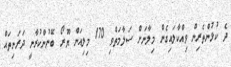
ދެ ކުޅުންތެރިން ވިއްކާލައިގެން މިލާނަށް ސަލާމަތްވި 170 މިލިއަން ޔޫރޯ ބޭނުންކުރާނީ ދަރަނިތައް